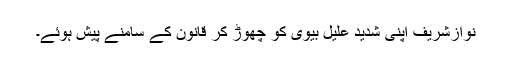
نوازشریف اپنی شدید علیل بیوی کو چھوڑ کر قانون کے سامنے پیش ہوئے۔